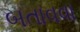
બતાવવા